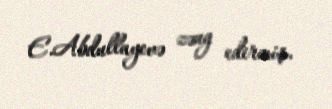
E.Abdullayevə zəng edirmiş.